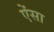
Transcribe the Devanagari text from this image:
ऐंसा